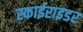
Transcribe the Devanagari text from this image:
स्काईराइडर